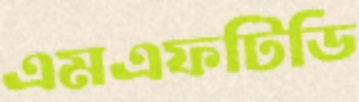
এমএফটিডি